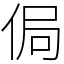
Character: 侷